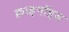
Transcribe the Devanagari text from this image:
क्राइनॉइड